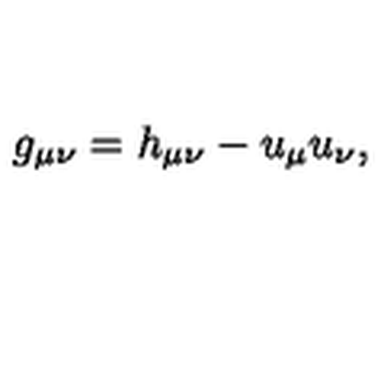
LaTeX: g _ { \mu \nu } = h _ { \mu \nu } - u _ { \mu } u _ { \nu } ,